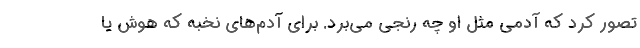
تصور کرد که آدمی مثل او چه رنجی می‌برد. برای آدم‌های نخبه که هوش یا